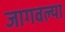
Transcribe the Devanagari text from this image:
जागवल्या